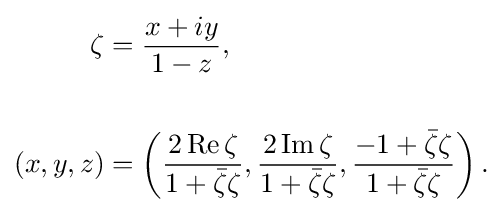
{\begin{aligned}\zeta &={\frac {x+iy}{1-z}},\\\\(x,y,z)&=\left({\frac {2\operatorname {Re} \zeta }{1+{\bar {\zeta }}\zeta }},{\frac {2\operatorname {Im} \zeta }{1+{\bar {\zeta }}\zeta }},{\frac {-1+{\bar {\zeta }}\zeta }{1+{\bar {\zeta }}\zeta }}\right).\end{aligned}}